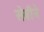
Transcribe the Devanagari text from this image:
सेबीने